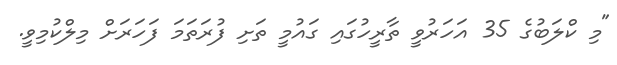
"މި ކްލަބުގެ 35 އަހަރުވީ ތާރީހުގައި ގައުމީ ތަށި ފުރަތަމަ ފަހަރަށް މިލްކުމިވީ.